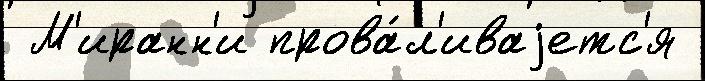
 М'иранн'и прова́л'иваjетс'я